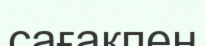
сағақпен